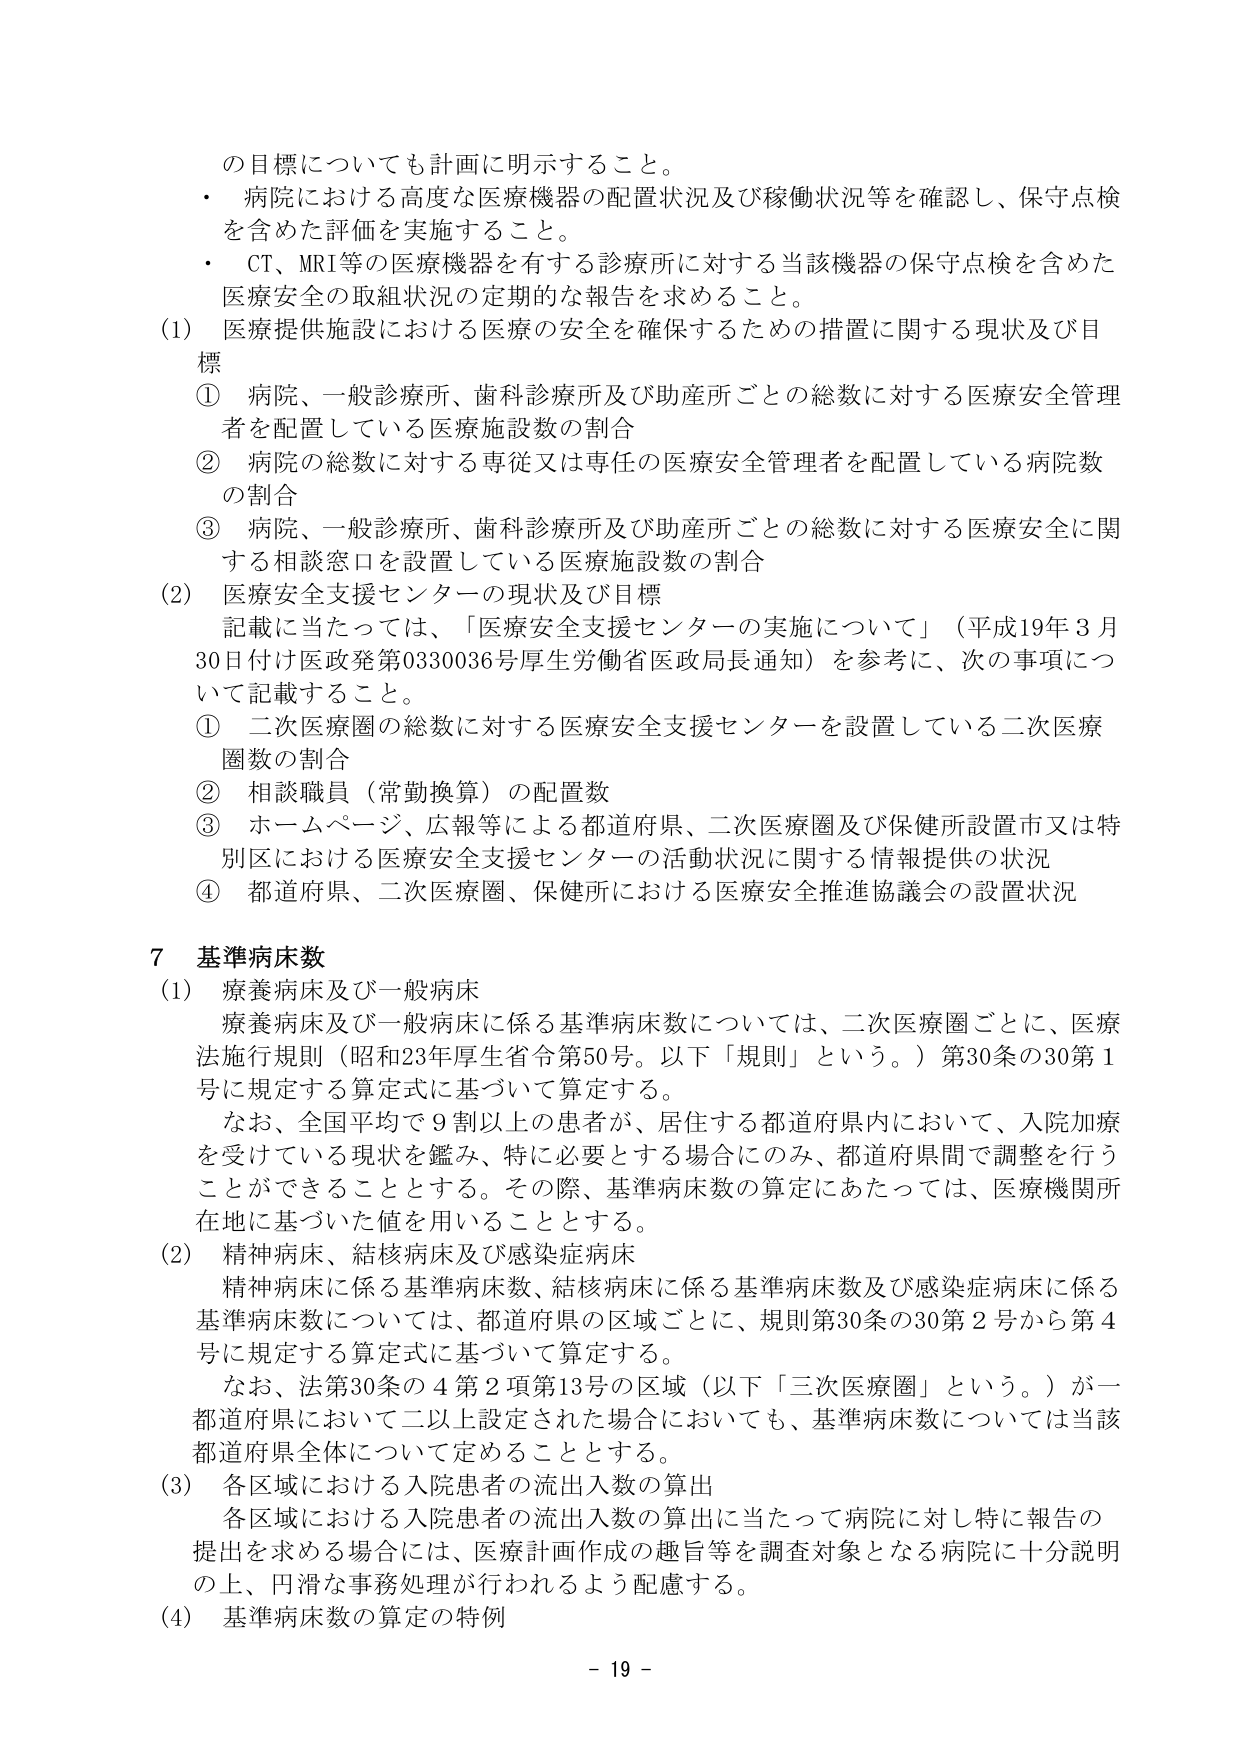
の目標についても計画に明示すること。
・ 病院における高度な医療機器の配置状況及び稼働状況等を確認し、保守点検を含めた評価を実施すること。
・ CT、MRI等の医療機器を有する診療所に対する当該機器の保守点検を含めた医療安全の取組状況の定期的な報告を求めること。
(1) 医療提供施設における医療の安全を確保するための措置に関する現状及び目標
① 病院、一般診療所、歯科診療所及び助産所ごとの総数に対する医療安全管理
者を配置している医療施設数の割合
② 病院の総数に対する専従又は専任の医療安全管理者を配置している病院数
の割合
③ 病院、一般診療所、歯科診療所及び助産所ごとの総数に対する医療安全に関
する相談窓口を設置している医療施設数の割合
(2) 医療安全支援センターの現状及び目標
記載に当たっては、「医療安全支援センターの実施について」（平成19年3月
30日付け医政発第0330036号厚生労働省医政局長通知）を参考に、次の事項につ
いて記載すること。
① 二次医療圏の総数に対する医療安全支援センターを設置している二次医療
圏数の割合
② 相談職員（常勤換算）の配置数
③ ホームページ、広報等による都道府県、二次医療圏及び保健所設置市又は特
別区における医療安全支援センターの活動状況に関する情報提供の状況
④ 都道府県、二次医療圏、保健所における医療安全推進協議会の設置状況

7 基準病床数
(1) 療養病床及び一般病床
療養病床及び一般病床に係る基準病床数については、二次医療圏ごとに、医療
法施行規則（昭和23年厚生省令第50号。以下「規則」という。）第30条の30第1
号に規定する算定式に基づいて算定する。
なお、全国平均で9割以上の患者が、居住する都道府県内において、入院加療
を受けている現状を鑑み、特に必要とする場合にのみ、都道府県間で調整を行う
ことができることとする。その際、基準病床数の算定にあたっては、医療機関所
在地に基づいた値を用いることとする。
(2) 精神病床、結核病床及び感染症病床
精神病床に係る基準病床数、結核病床に係る基準病床数及び感染症病床に係る
基準病床数については、都道府県の区域ごとに、規則第30条の30第2号から第4
号に規定する算定式に基づいて算定する。
なお、法第30条の4第2項第13号の区域（以下「三次医療圏」という。）が一
都道府県において二以上設定された場合においても、基準病床数については当該
都道府県全体について定めることとする。
(3) 各区域における入院患者の流出入数の算出
各区域における入院患者の流出入数の算出に当たって病院に対し特に報告の
提出を求める場合には、医療計画作成の趣旨等を調査対象となる病院に十分説明
の上、円滑な事務処理が行われるよう配慮する。
(4) 基準病床数の算定の特例

- 19 -